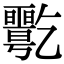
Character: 𠄋